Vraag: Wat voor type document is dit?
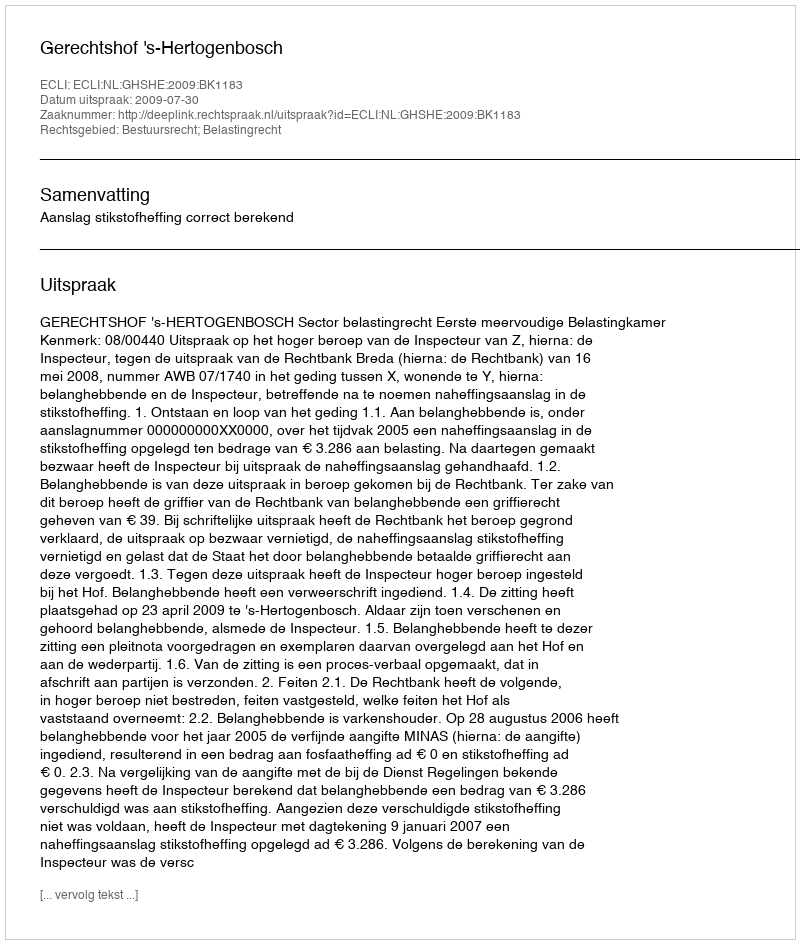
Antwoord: Uitspraak